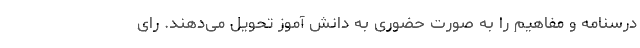
درسنامه و مفاهیم را به صورت حضوری به دانش آموز تحویل می‌دهند. رای